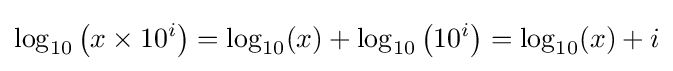
\log _{10}\left(x\times 10^{i}\right)=\log _{10}(x)+\log _{10}\left(10^{i}\right)=\log _{10}(x)+i